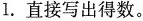
1.直接写出得数。